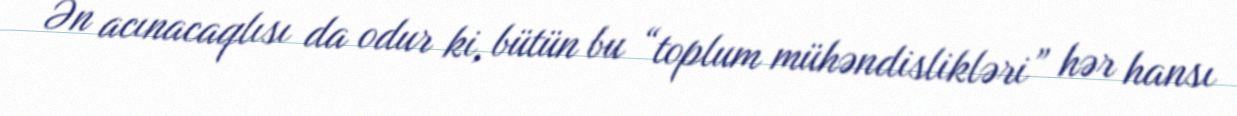
Ən acınacaqlısı da odur ki, bütün bu “toplum mühəndislikləri” hər hansı